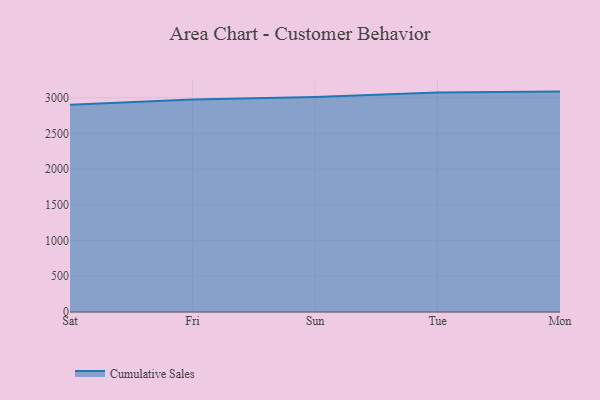
{"axis": {"x": "Day", "y": "Humidity (%)"}, "legend": ["Cumulative Sales"], "data": [{"x": "Sat", "y": 2902.9, "type": "Cumulative Sales"}, {"x": "Fri", "y": 2975.1, "type": "Cumulative Sales"}, {"x": "Sun", "y": 3009.4, "type": "Cumulative Sales"}, {"x": "Tue", "y": 3073.2, "type": "Cumulative Sales"}, {"x": "Mon", "y": 3085.4, "type": "Cumulative Sales"}]}